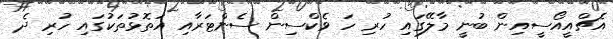
އެޗްއީއޯސީއިން ބުނީ މާލޭގައި ހުރި ހަ ވެކްސިން ސެންޓަރާއި އަތޮޅުތަކުގައި ހުރި ދެ